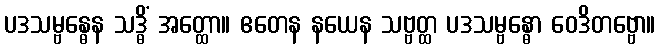
ပဒသမ္ဗန္ဓေန သဒ္ဓိံ အတ္ထော။ ဧတေန နယေန သဗ္ဗတ္ထ ပဒသမ္ဗန္ဓော ဝေဒိတဗ္ဗော။